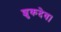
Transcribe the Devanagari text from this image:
शुकदेव।